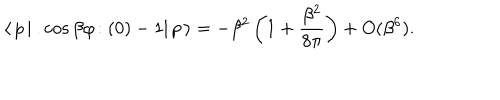
\langle \, p \, | \, \! : \! \cos \beta \varphi \! : ( 0 ) - 1 | \, p \, \rangle = - \beta ^ { 2 } \left( 1 + \frac { \beta ^ { 2 } } { 8 \pi } \right) + O ( \beta ^ { 6 } ) .